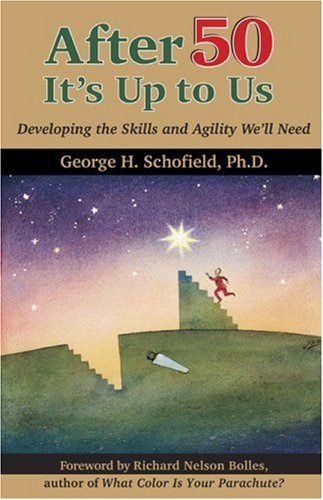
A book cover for After 50 It's Up To Us: Developing The Skills And Agility We'll Need; George Schofield; Health, Fitness & Dieting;